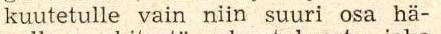
kuutetulle vain niin suuri osa hä-